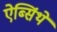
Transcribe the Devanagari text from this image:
ऐब्सिंथे